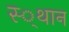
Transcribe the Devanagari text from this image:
स्‍्थान